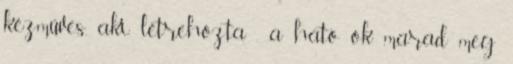
kézműves, aki létrehozta , a ható ok marad meg